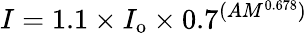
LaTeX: I=1.1\times I_{\mathrm{o}}\times 0.7^{(AM^{0.678})}